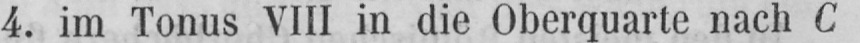
4. im Tonus VIII in die Oberquarte nach C